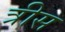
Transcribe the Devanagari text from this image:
त्रीस